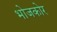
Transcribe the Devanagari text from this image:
भोजकोर